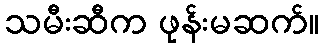
သမီးဆီက ဖုန်းမဆက်။